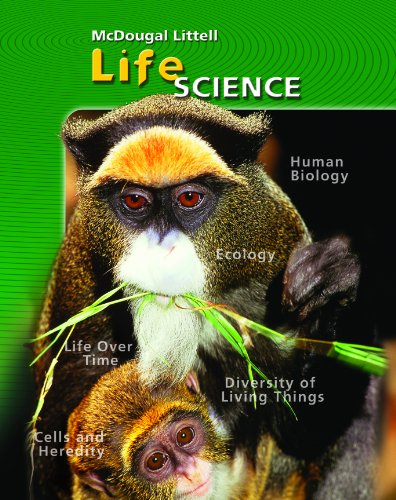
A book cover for McDougal Littell Science: Student Edition Grade 7 Life Science 2006; MCDOUGAL LITTEL; Teen & Young Adult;